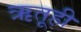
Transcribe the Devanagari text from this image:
ऋतूही